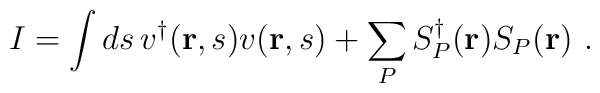
I =  \int ds\, v^\dagger({\bf r},s)v({\bf r},s)          + \sum_P S^\dagger_P({\bf r}) S_P({\bf r})  \,\, .